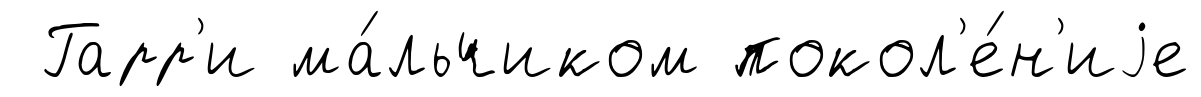
Гарр'и ма́льчиком покол'е́н'иjе